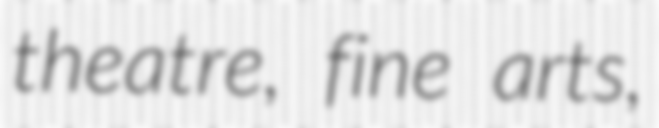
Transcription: theatre, fine arts,